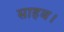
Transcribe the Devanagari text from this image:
साहब।